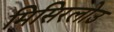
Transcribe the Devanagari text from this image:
मिसिरलोउ